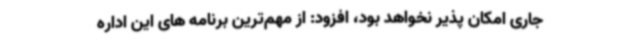
جاری امکان پذیر نخواهد بود، افزود: از مهم‌ترین برنامه های این اداره